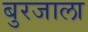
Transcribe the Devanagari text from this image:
बुरजाला